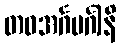
တဝအင်္ဂမင်္ဂါနိ